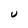
Character: U